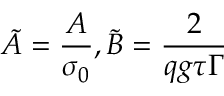
\tilde { A } = \frac { A } { \sigma _ { 0 } } , \tilde { B } = \frac { 2 } { q g \tau \Gamma }